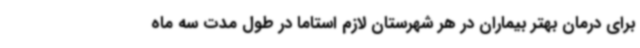
برای درمان بهتر بیماران در هر شهرستان لازم استاما در طول مدت سه ماه